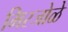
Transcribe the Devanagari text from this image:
मिरजोळे